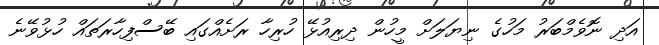
އަދި ނޮވެމްބަރު މަހުގެ ނިޔަލަށް މީހުން ދިރިއުޅޭ ހުރިހާ ރަށެއްގައި ބޭސްފިހާރަތައް ހުޅުވޭނެ